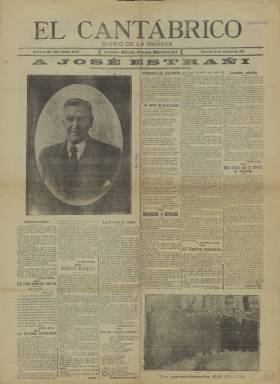
Título: El Cantábrico (Santander)
Colección: Periódicos
Ámbito geográfico: Cantabria
Lugar de publicación: Santander
Fechas: 31/12/1919-22/01/1937

Periódico de Santander que comenzó a editarse en 1895 y cesó en 1937, en plena Guerra Civil. Hasta 1919 fue diario y, como consecuencia de la huelga de periodistas de ese año reclamando un día de descanso semanal, pasó a editarse todos los días salvo el lunes a partir de 1920. Esta publicación es continuación del diario El Atlántico, que había comenzado su andadura en 1886.

  Este periódico fue el de mayor difusión en la provincia de Santander y fue incorporando constantes mejoras técnicas a lo largo del tiempo. Está considerado el principal periódico de izquierda de Cantabria, con un ideario liberal republicano, aunque en sus páginas predominaba la información y no obedecía a consignas de partido.

  El director de El Cantábrico, desde el momento de su fundación hasta su muerte, fue José Estrañi, quien había trabajado antes en La Voz Montañesa. La imagen de este periodista la podemos ver en la portada del primer número de la publicación que posee la Biblioteca Nacional de España, correspondiente al 31 de diciembre de 1919 y dedicado a rendir homenaje a su director recientemente fallecido.

   Estrañi, que había fundado el periódico con la ayuda de un rico indiano de Cantabria y llegó a ser excomulgado en un par de ocasiones, fue gran amigo de Pérez Galdós, quien veraneaba en Santander. Según se puede leer en su biografía de la Real Academia de la Historia, El Cantábrico fue el gran defensor y propagador de los estrenos de Galdós y en sus páginas se publicaron algunos trabajos del escritor canario. Estrañi, autor también de obras teatrales, fue el primer presidente de la Asociación de la Prensa de Santander.

   La colección de la BNE de este periódico es muy irregular, dado que aparte del citado número solo posee números de los años 1924 y 1936 y uno más de 1937, el último año de edición, dado que en agosto las tropas nacionales ocuparían Santander.

   La paginación habitual era de seis páginas, pudiendo haber alguna más en función de la publicidad de cada número.

    El Cantábrico fue uno de los periódicos de la provincia que, a partir de la proclamación de la II República en 1931, estuvo más involucrado en la consecución de un estatuto de autonomía para la región, barajándose en sus páginas varias opciones.

   Para quien esté interesado en el tema de los inicios de la autonomía cántabra, en el periódico digital Cantabria Liberal se puede leer un buen artículo-resumen escrito por el abogado y cónsul honorario de Rumanía Sancho Michell de Diego, quien sintetizó una conferencia de Ángel Madariaga de la Campa en la Universidad Internacional Menéndez Pelayo en agosto de 2008.

[Descripción publicada el 08/09/2022]